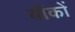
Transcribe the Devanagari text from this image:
बाँकों